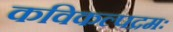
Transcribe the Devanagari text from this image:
कविकल्पद्रमः